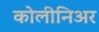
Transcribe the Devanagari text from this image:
कोलीनिअर